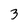
Character: 3